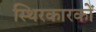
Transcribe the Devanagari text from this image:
स्थिरकारकों